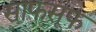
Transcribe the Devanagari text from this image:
साफसूफ